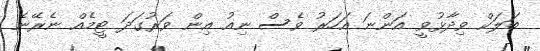
ބަލަކް ވިދާޅުވީ އަންނަ އަހަރު ވެސް ނިއު އިން ވަރުގަދަ ޓީމެއް ނެރޭނެ